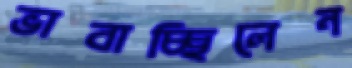
ভাবাচ্ছিলেন